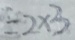
= 2 \times 3